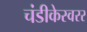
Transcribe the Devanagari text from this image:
चंडीकेस्वरर